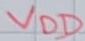
Text: VDD